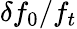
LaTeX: \delta f_{0}/f_{t}